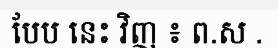
បែប នេះ វិញ ៖ ព.ស .